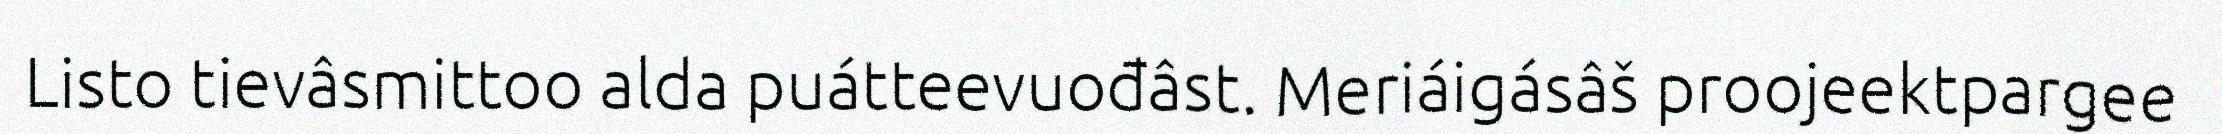
Listo tievâsmittoo alda puátteevuođâst. Meriáigásâš proojeektpargee